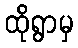
ထိုရွာမှ